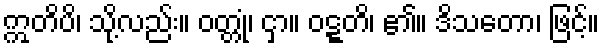
ဣတိပိ၊ သို့လည်း။ ဝတ္တုံ၊ ငှာ။ ဝဋ္ဋတိ၊ ၏။ ဒိသတော၊ ဖြင့်။